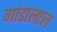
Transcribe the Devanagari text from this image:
गांडालाल